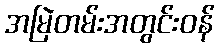
အမြဲတမ်းအတွင်းဝန်